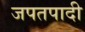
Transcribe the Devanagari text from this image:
जपतपादी